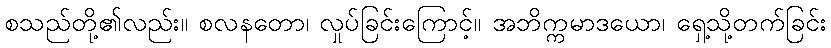
စသည်တို့၏လည်း။ စလနတော၊ လှုပ်ခြင်းကြောင့်။ အဘိက္ကမာဒယော၊ ရှေ့သို့တက်ခြင်း